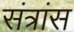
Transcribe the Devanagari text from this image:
संत्रांस